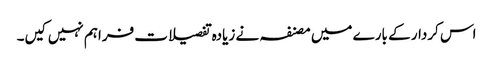
اس کردار کے بارے میں مصنفہ نے زیادہ تفصیلات فراہم نہیں کیں۔